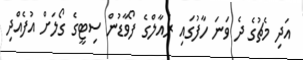
އަދި މެޗުގެ ދެ ވަނަ ހާފުގައި ރެއާލްގެ ފޯވާޑުން ސިޓީގެ ގޯލަށް އުފެއްދި